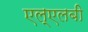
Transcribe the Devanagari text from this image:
एल्‌एलबी